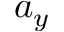
a _ { y }